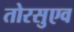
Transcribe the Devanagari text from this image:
तोरसुएव